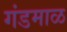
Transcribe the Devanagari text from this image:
गंडमाळ